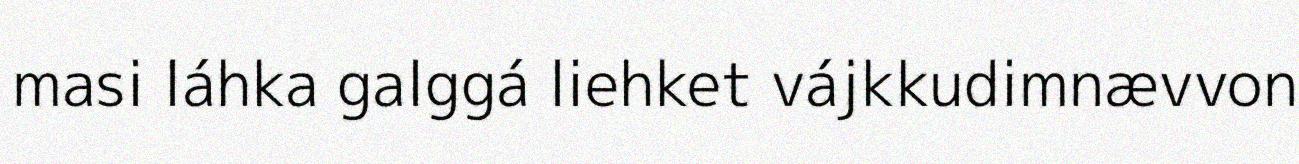
masi láhka galggá liehket vájkkudimnævvon